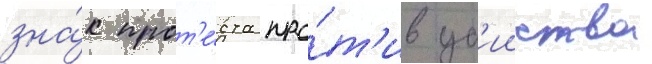
зна́к прот'е́ста про́т'ив уб'ииства